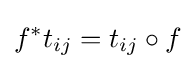
f^{*}t_{ij}=t_{ij}\circ f